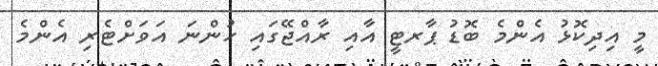
މީ އިދިކޮޅު އެންމެ ބޮޑު ޕާރޓީ އާއި ރާއްޖޭގައި ހުންނަ އަވަށްޓެރި އެންމެ